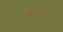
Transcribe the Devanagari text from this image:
अलिबागचा